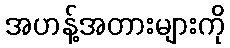
အဟန့်အတားများကို